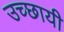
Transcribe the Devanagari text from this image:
उच्छायी